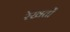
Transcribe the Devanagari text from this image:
रेखतों